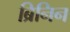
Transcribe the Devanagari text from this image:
ब्रिनिन